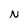
Character: N